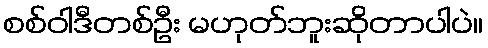
စစ်ဝါဒီတစ်ဦး မဟုတ်ဘူးဆိုတာပါပဲ။